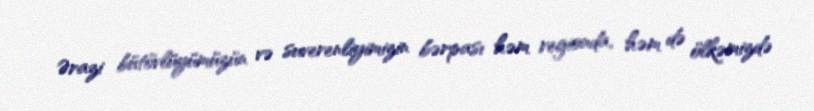
Ərazi bütövlüyümüzün və suverenliyimizin bərpası həm regionda, həm də ölkəmizdə